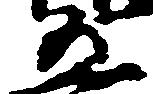
五